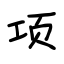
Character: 项